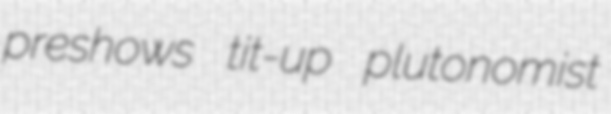
preshows tit-up plutonomist